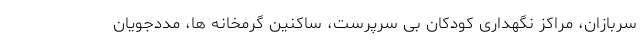
سربازان، مراکز نگهداری کودکان بی سرپرست، ساکنین گرمخانه ها، مددجویان